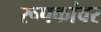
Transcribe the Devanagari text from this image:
रूपकांवर